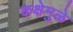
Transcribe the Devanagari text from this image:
कक्षेमुळे